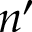
n ^ { \prime }